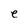
Character: e